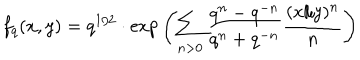
LaTeX: f _ { q } ( x , y ) = q ^ { 1 / 2 } \cdot \mathrm { e x p } \left( \sum _ { n > 0 } \frac { q ^ { n } - q ^ { - n } } { q ^ { n } + q ^ { - n } } \frac { ( x / y ) ^ { n } } { n } \right)